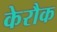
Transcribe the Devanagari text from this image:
केरौक